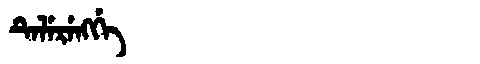
Manchu: ᡨᡝᠯᡝᡵᡝᠩᡤᡝ
Romanization: TELERENGGE